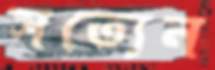
সত্যেন